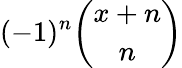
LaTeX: (-1)^{n}{\binom{x+n}{n}}